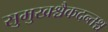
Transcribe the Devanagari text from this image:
सुमुखश्चैकदन्तश्च